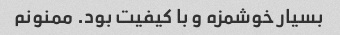
بسیار خوشمزه و با کیفیت بود. ممنونم